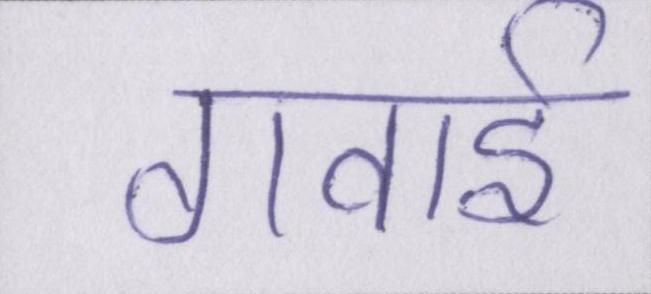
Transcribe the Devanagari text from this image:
गवाई